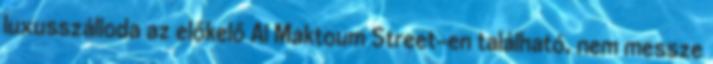
luxusszálloda az előkelő Al Maktoum Street-en található, nem messze